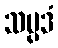
သမ္ပဒံ